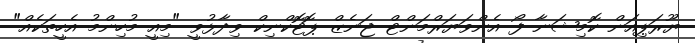
ޔޫރަޕިއަން ކޮމިޝަނާ ފޯ އެންވަޔަރްމަންޓް ޖަނެޒް ޕޮޓޮކްނިކް ވިދާޅުވީ "މިއީ މުހިންމު އެހީތަކެއް"